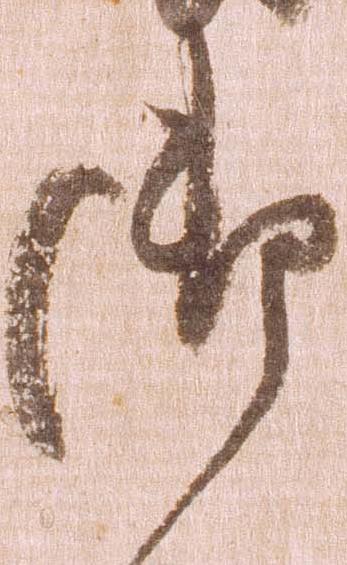
御